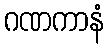
ဂဏကာနံ